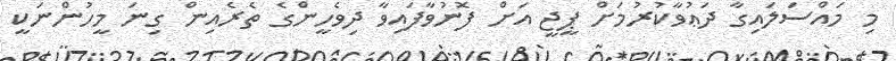
މި މައްސަލައިގާ ދަޢުވާކުރުމަށް ޕީޖީ އަށް ފޮނުވާފައިވާ ދިވެހީންގެ ތެރެއިން ގިނަ މީހުންނަކީ